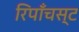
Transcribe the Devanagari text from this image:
रिपाँचस्ट